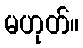
မဟုတ်။